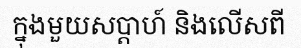
ក្នុងមួយសប្តាហ៍ និងលើសពី